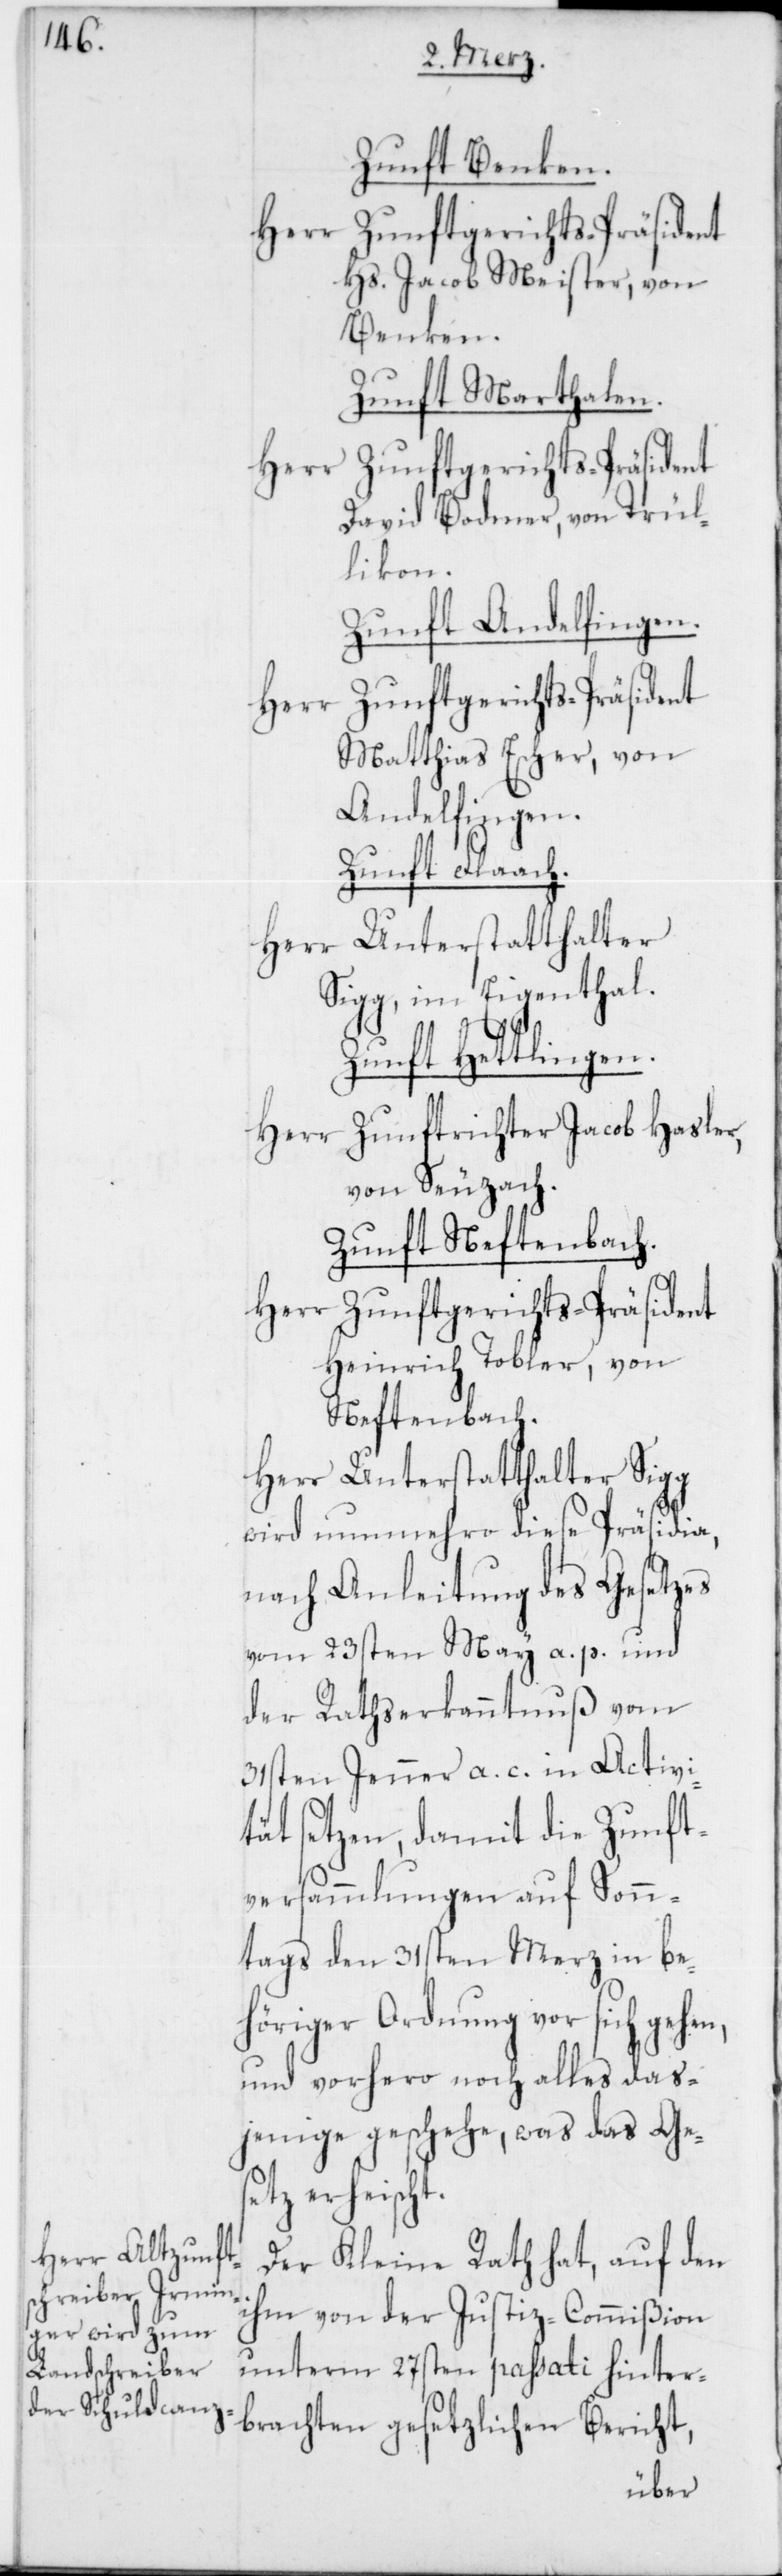
Zunft Benken.
Herr
Zunftgerichts-Präsident
Hs. Jacob Meister, von
Benken.
Zunft Marthalen.
David Bodmer, von Trül¬
likon.
Zunft Andelfingen.
hen,
Matthias Escher, von
Andelfingen.
Zunft Flaach.
Herr Unterstatthalter
Sigg, im Eigenthal.
Zunft Hettlingen.
Herr Zunftrichter Jacob Hasler,
von Seuzach.
Zunft Neftenbach.
Herr Zunftgerichts-Präsident
Heinrich Tobler, von
Neftenbach.
Herr Unterstatthalter Sigg
wird nunmehro diese Präsidia,
nach Anleitung des Gesetzes
vom 23sten May a. p. und
der Rathserkanntnuß vom
31sten Jenner a. c. in Activi¬
tät setzen, damit die Zunft¬
versammlungen auf Sonn¬
tags den 31sten Merz in be¬
höriger Ordnung vor sich ge¬
und vorhero noch alles das¬
jenige geschehe, was das Ges¬
etz erheischt.
Der Kleine Rath hat, auf den
ihm von der Justiz-Commißion
unterm 27sten passati hinter¬
brachten gesetzlichen Bericht,